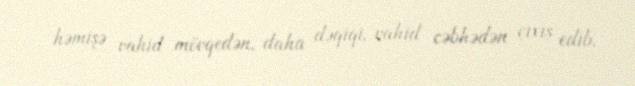
həmişə vahid mövqedən, daha dəqiqi, vahid cəbhədən çıxış edib.